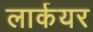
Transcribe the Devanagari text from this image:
लार्कयर